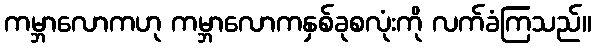
ကမ္ဘာလောကဟု ကမ္ဘာလောကနှစ်ခုစလုံးကို လက်ခံကြသည်။